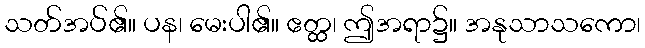
သတ်အပ်၏။ ပန၊ မေးပါ၏။ ဧတ္ထ၊ ဤအရာ၌။ အနုသာသကော၊